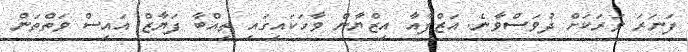
ފަނަރަ ވަރަކަށް ދުވަސްވާނެ. އަޒްފާއާ އިޒްޔާން ވާހަކައިގައި ތިއްބާ ފަޔާޒް އައިސް ވަތްތަން